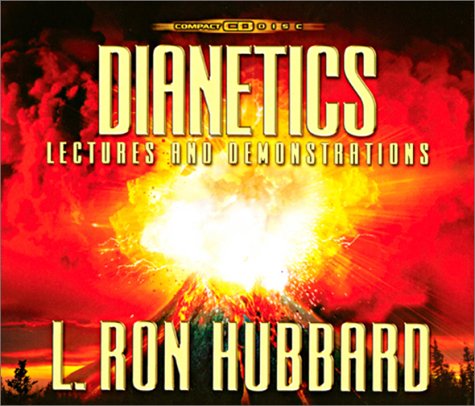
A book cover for Dianetics Lectures and Demonstrations; L. Ron Hubbard; Religion & Spirituality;